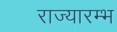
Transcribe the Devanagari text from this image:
राज्यारम्भ